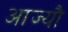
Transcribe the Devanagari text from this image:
आज्यौ